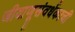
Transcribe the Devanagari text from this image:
जीवाणूसंवर्धकाची